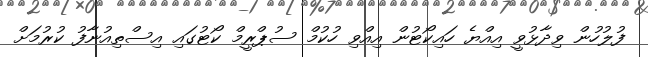
ފުލުހުން ވިދާޅުވީ އިއްޔެ ހައިކޯޓުން އިއްވި ހުކުމް ސުޕްރީމް ކޯޓުގައި އިސްތިއުނާފު ކުރުމަށް